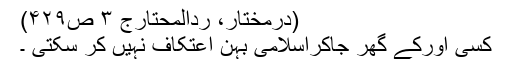
(دُرِّمُختَار، رَدّالْمُحْتَارج ۳ ص۴۲۹)
کسی اورکے گھر جاکراسلامی بہن اعتکاف نہیں کر سکتی ۔